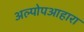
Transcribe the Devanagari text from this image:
अल्पोपआहारा